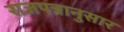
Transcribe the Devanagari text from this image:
राजपत्रानुसार